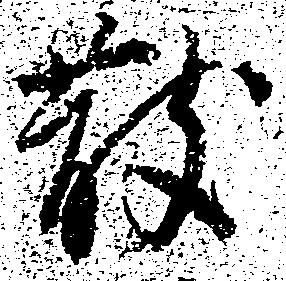
散